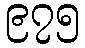
၉၇၅